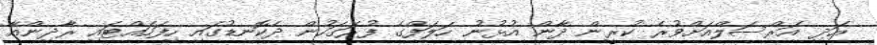
އަދި އަރްސަލްއަށްވުރެ ކުރީން ދާން އުޅުނު ހަލަފްގެ ފުރަގަހުން ދެކޮނޑުގައި ހިފަހައްޓައި ރާދިންއާ